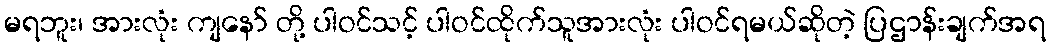
မရဘူး၊ အားလုံး ကျနော် တို့ ပါဝင်သင့် ပါဝင်ထိုက်သူအားလုံး ပါဝင်ရမယ်ဆိုတဲ့ ပြဌာန်းချက်အရ